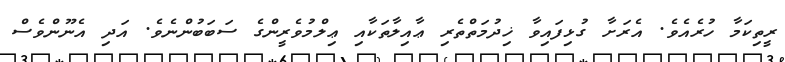
ރީތިކަމާ ހުރެއެވެ. އެރަށާ ގުޅިފައިވާ ޚިދުމަތްތެރި ޢާއިލާތަކާއި ޢިލްމުވެރީންގެ ސަބަބުންނެވެ. އަދި އެނޫންވެސް